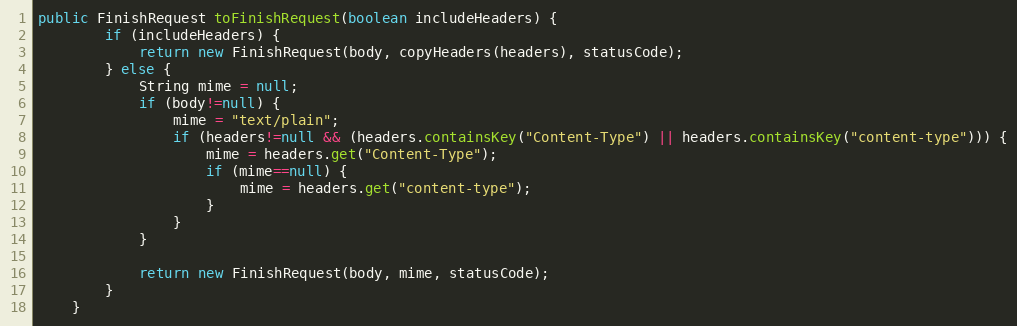
Language: Java
public FinishRequest toFinishRequest(boolean includeHeaders) {
        if (includeHeaders) {
            return new FinishRequest(body, copyHeaders(headers), statusCode);
        } else {
            String mime = null;
            if (body!=null) {
                mime = "text/plain";
                if (headers!=null && (headers.containsKey("Content-Type") || headers.containsKey("content-type"))) {
                    mime = headers.get("Content-Type");
                    if (mime==null) {
                        mime = headers.get("content-type");
                    }
                }
            }

            return new FinishRequest(body, mime, statusCode);
        }
    }